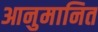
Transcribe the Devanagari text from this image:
आनुमानित